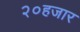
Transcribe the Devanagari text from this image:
२०हजार